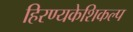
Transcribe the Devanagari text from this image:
हिरण्यकेशिकल्प